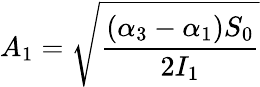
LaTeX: A_{1}=\sqrt{\frac{(\alpha_{3}-\alpha_{1})S_{0}}{2I_{1}}}